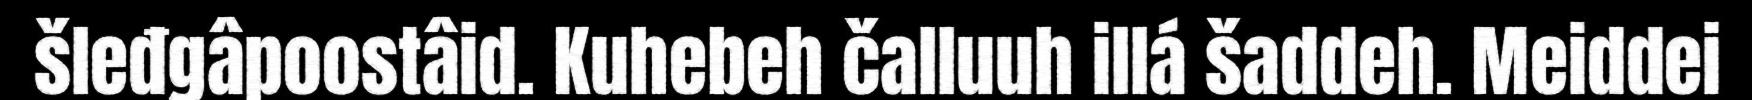
šleđgâpoostâid. Kuhebeh čalluuh illá šaddeh. Meiddei